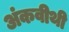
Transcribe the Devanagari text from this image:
अंकवीथी